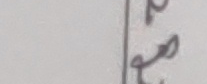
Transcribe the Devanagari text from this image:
२३